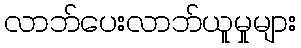
လာဘ်ပေးလာဘ်ယူမှုများ